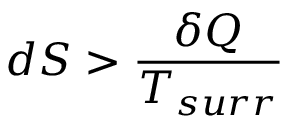
d S > { \frac { \delta Q } { T _ { s u r r } } }